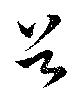
谷